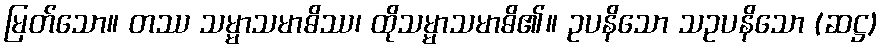
မြတ်သော။ တဿ သမ္မာသမာဓိဿ၊ ထိုသမ္မာသမာဓိ၏။ ဥပနိသော သဥပနိသော (ဆဋ္ဌ)